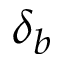
\delta _ { b }